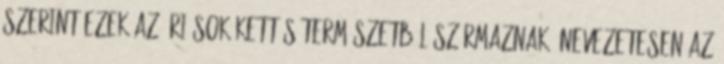
szerint ezek az óriások kettős természetből származnak, nevezetesen az